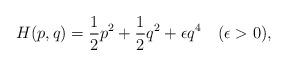
LaTeX: \begin{align*}H(p,q)={1\over 2}p^2+{1\over 2}q^2+\epsilon q^4 \quad (\epsilon >0),\end{align*}